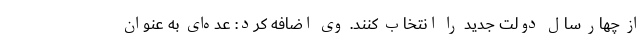
از چهار سال دولت جدید را انتخاب کنند. وی اضافه کرد: عده‌ای به عنوان